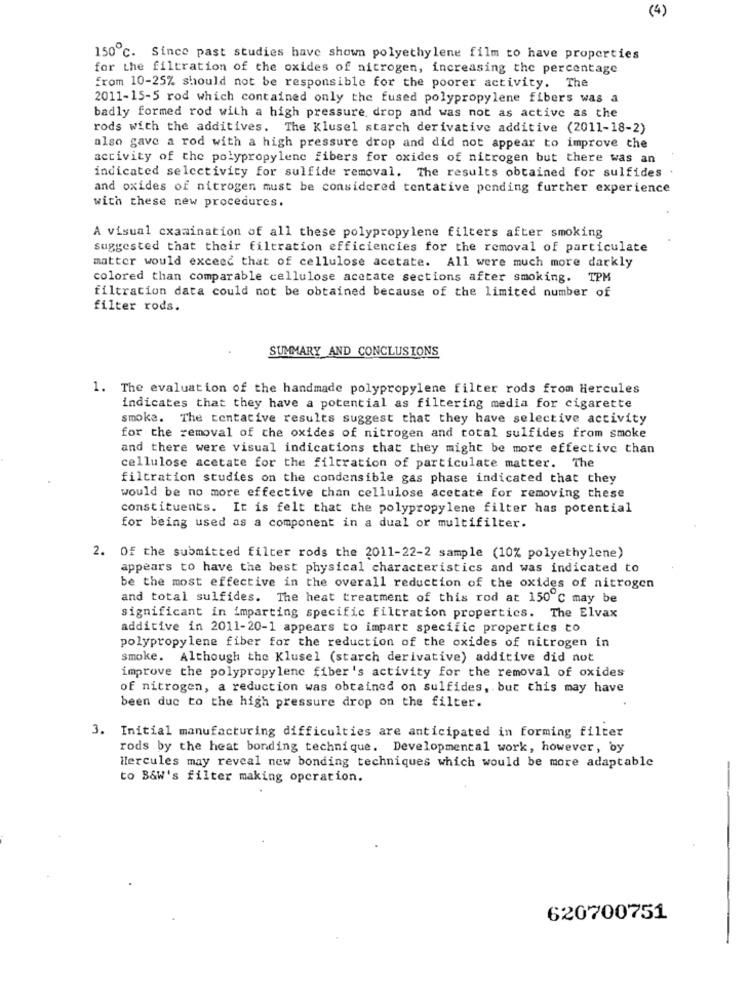
(4)
150℃. Since past studies have shown polyethylene film to have properties
for the filtration of the oxides of nitrogen, increasing the percentage
from 10-25% should not be responsible for the poorer activity. The
2011-15-5 rod which contained only the fused polypropylene fibers was a
badly formed rod with a high pressure drop and was not as active as the
rods with the additives. The Klusel starch derivative additive (2011-18-2)
also gave a rod with a high pressure drop and did not appear to improve the
activity of the polypropylene fibers for oxides of nitrogen but there was an
indicated selectivity for sulfide removal. The results obtained for sulfides
and oxides of nitrogen must be considered tentative pending further experience
with these new procedures.
A visual examination of all these polypropylene filters after smoking
suggested that their filtration efficiencies for the removal of particulate
matter would exceed that of cellulose acetate. All were much more darkly
colored than comparable cellulose acetate sections after smoking. TPM
filtration data could not be obtained because of the limited number of
filter rods.
SUMMARY AND CONCLUSIONS
1.
The evaluation of the handmade polypropylene filter rods from Hercules
indicates that they have a potential as filtering media for cigarette
smoke. The tentative results suggest that they have selective activity
for the removal of the oxides of nitrogen and total sulfides from smoke
and there were visual indications that they might be more effective than
cellulose acetate for the filtration of particulate matter. The
filtration studies on the condensible gas phase indicated that they
would be no more effective than cellulose acetate for removing these
constituents. It is felt that the polypropylene filter has potential
for being used as a component in a dual or multifilter.
2. Of the submitted filter rods the 2011-22-2 sample (10% polyethylene)
appears to have the best physical characteristics and was indicated to
be the most effective in the overall reduction of the oxides of nitrogen
and total sulfides. The heat treatment of this rod at 150 ℃ may be
significant in imparting specific filtration properties. The Elvax
additive in 2011-20-1 appears to impart specific properties to
polypropylene fiber for the reduction of the oxides of nitrogen in
smoke. Although the Klusel (starch derivative) additive did not
improve the polypropylene fiber's activity for the removal of oxides
of nitrogen, a reduction was obtained on sulfides, but this may have
been duc to the high pressure drop on the filter.
3. Initial manufacturing difficulties are anticipated in forming filter
rods by the heat bonding technique. Developmental work, however, by
Hercules may reveal new bonding techniques which would be more adaptable
to B&W's filter making operation.
620700751